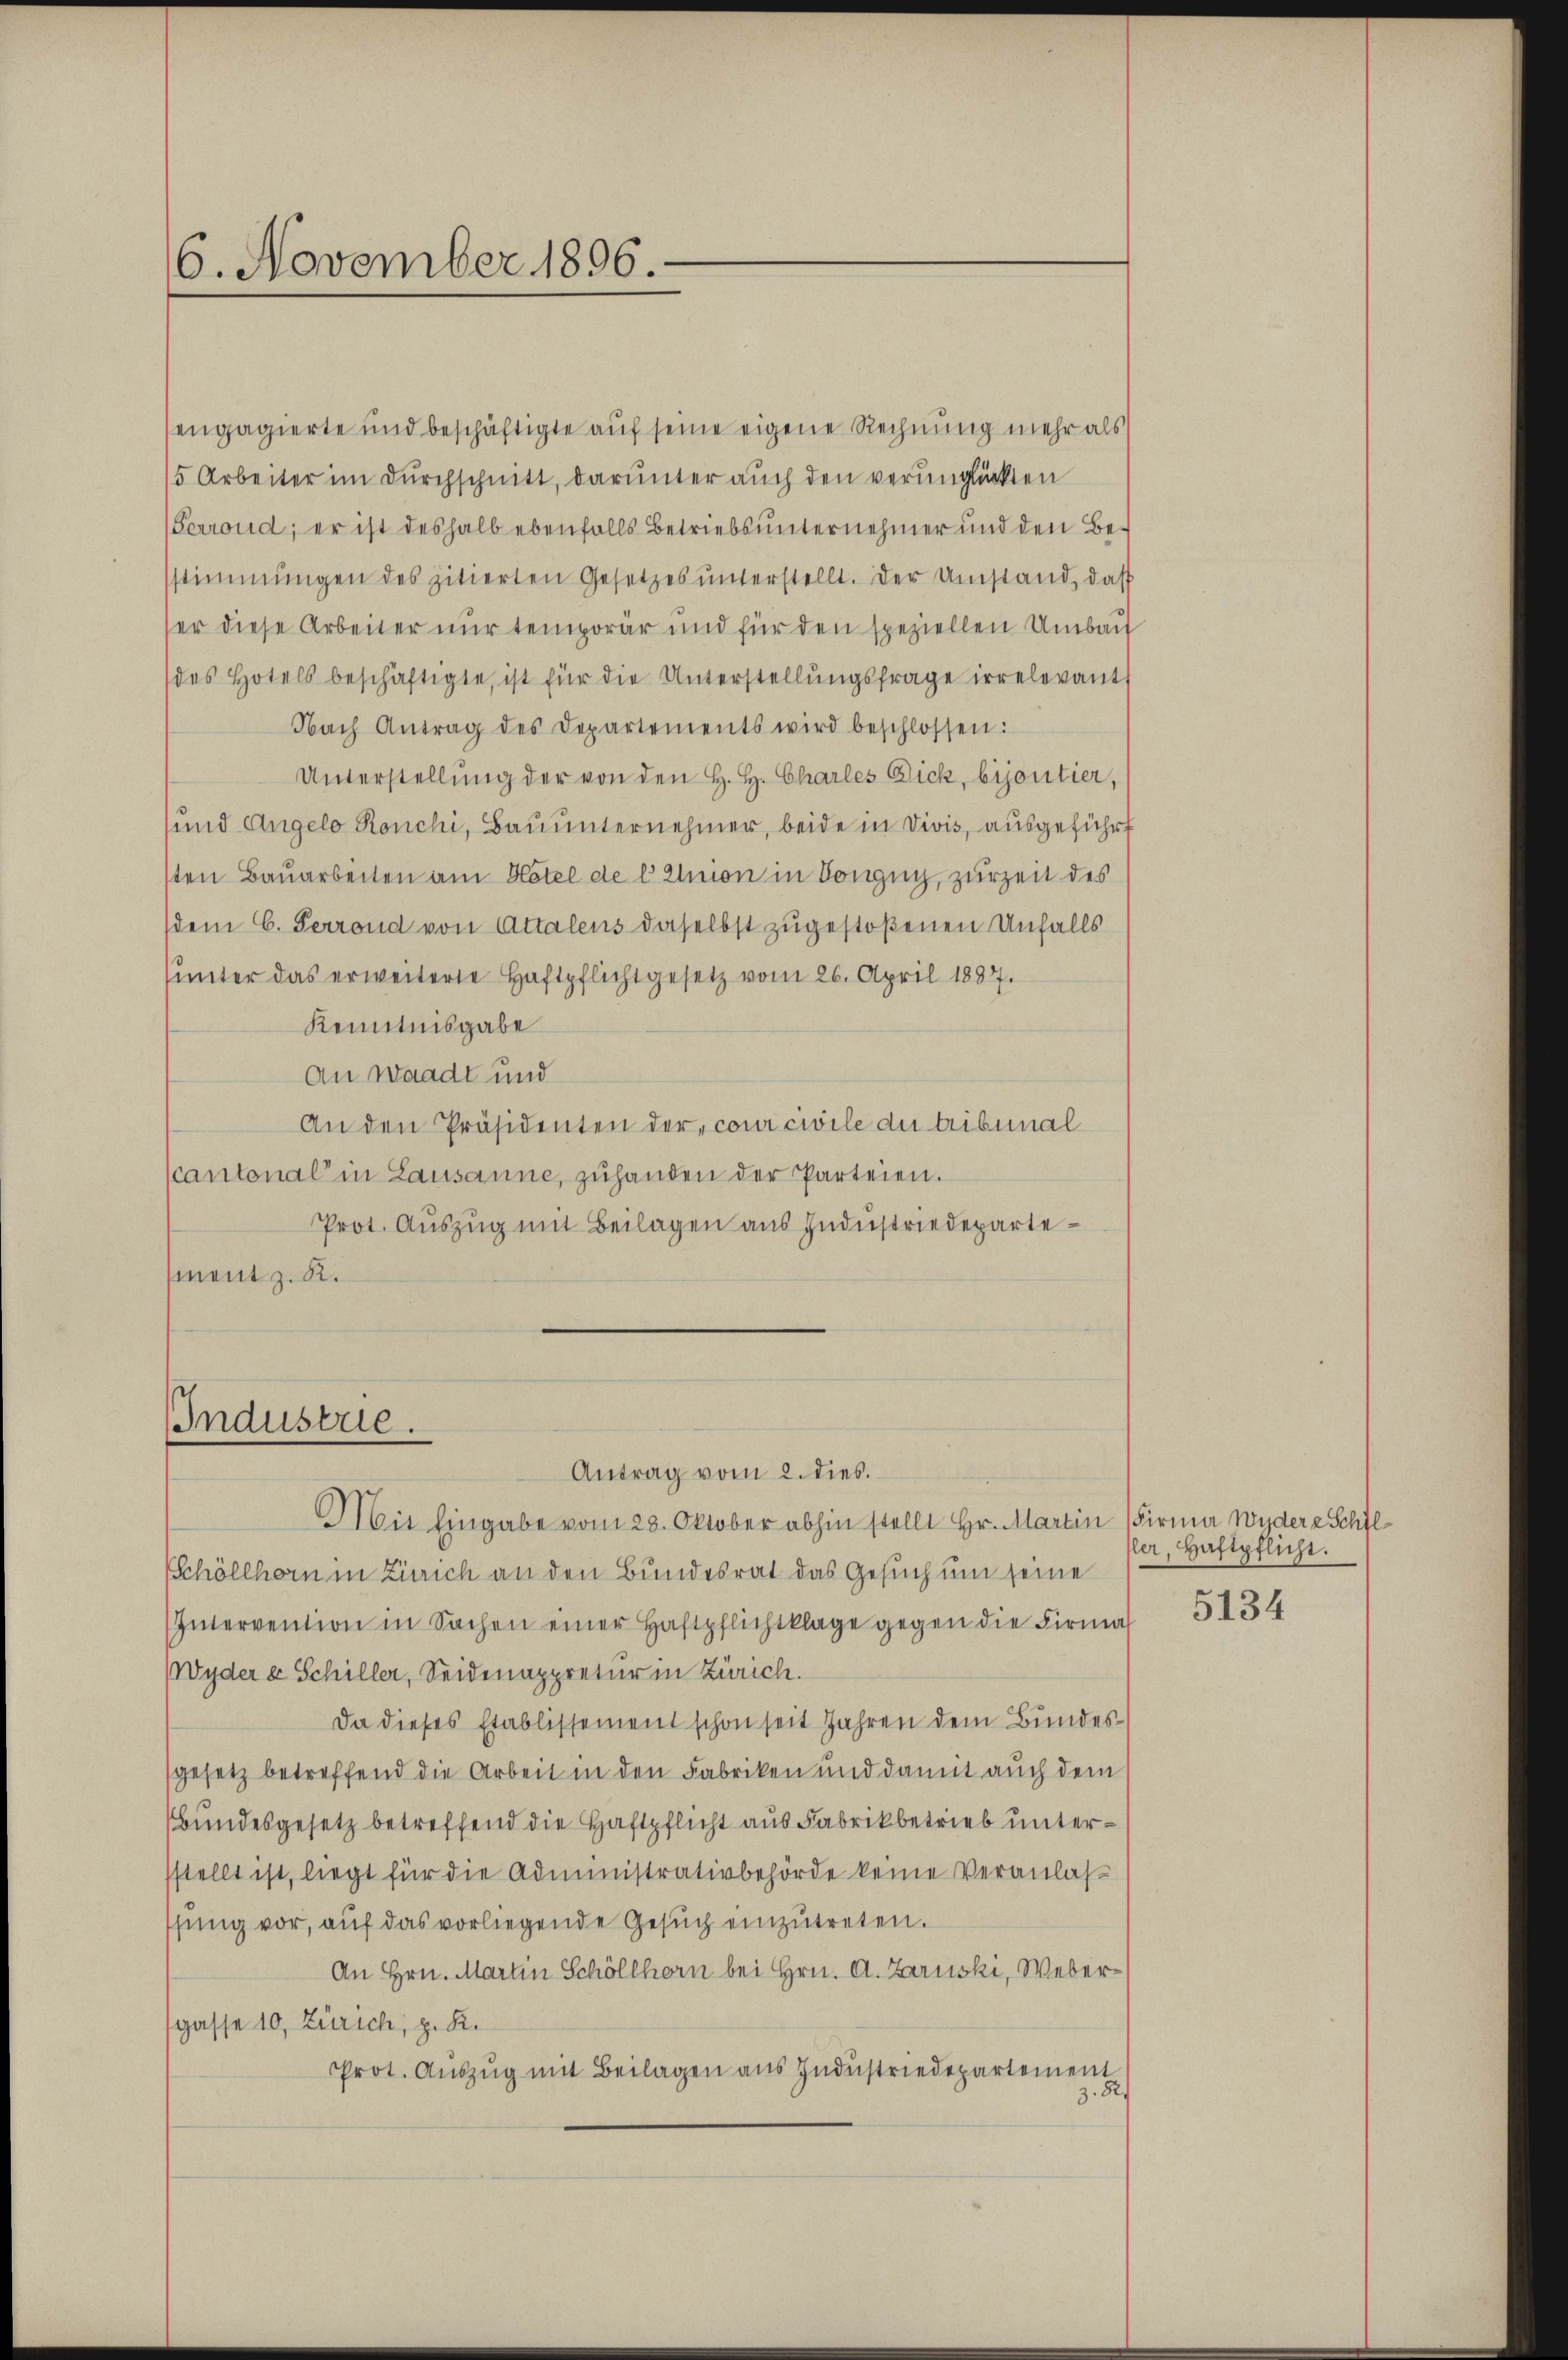
6. November 1896.

sengagierte und beschäftigte auf seine eigene Rechnung mehr als
15 Arbeiter im Durchschnitt, darunter auch den verunglückten
(Perrond; er ist deshalb ebenfalls Betriebs unternehmer und den Besstimmungen des zitierten Gesetzes ŭnterstellt. Der Umstand, daß
ser diese Arbeiter nur temporär und für den speziellen Umbau
des Hotels beschäftigte, ist für die Unterstellŭngsfrage irrelevant
Nach Antrag des Departements wird beschlossen:
Unterstellung der von den H. H. Charles Dick, bijoutier,
und Angelo Ronchi, Bauunternehmer, beide in Vivis, ausgeführt
sten Bauarbeiten am Hotel de l Union in Bongny, zurzeit des
(dem C. Perrond von Attalens daselbst zugestoßenen Unfalls
unter das erweiterte Haftpflichtgesetz vom 26. April 1887.
Kenntnisgabe
An Waadt und
An den Präsidenten der, coni civile die tribunal
cantonal in Lausanne, zuhanden der Parteien.
Prot. Auszug mit Beilagen aus Industriedepartement z. R.

IIndustrie.
Antrag vom 2. dies.

Mit Eingabe vom 28. Oktober abhin stellt Hr. Martin (Firma Wydere Schil¬
Schöllhorn in Zürich an den Bundesrat das Gesuch um seine
Intervention in Sachen einer Haftpflichtklage gegen die Firma
Wyder er Schiller, Seidenappretur in Zürich.
Da dieses Etablissement schon seit Jahren dem Bundesgesetz betreffend die Arbeit in den Fabriken und damit auch dem
Bundesgesetz betreffend die Haftpflicht aus Fabrikbetrieb untersstellt ist, liegt für die Administrativbehörde keine Veranlas
ffung vor, auf das vorliegende Gesuch einzutreten.
An Hrn. Martin Schöllhorn bei Hrn. A. Laruski, Webergasse 10, Zürich, z. R.
Prot. Auszug mit Beilagen aus Industriedepartement
z. 82.

ler, Haftpflicht.

5134